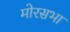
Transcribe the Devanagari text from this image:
मोरसभा